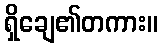
ရှိချေ၏တကား။